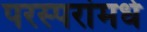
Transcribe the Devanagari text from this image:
परस्‍परांमधे